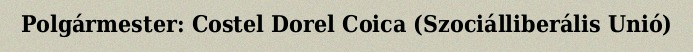
Polgármester: Costel Dorel Coica (Szociálliberális Unió)